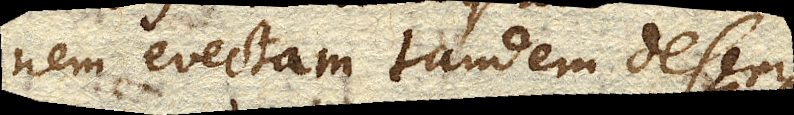
nem evectam tandem deserit.